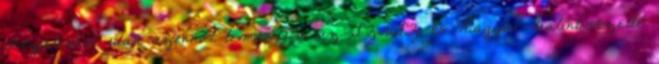
megjelenése után azonnal lemondjon, az SZDSZ-es Magyar Bálint vezette